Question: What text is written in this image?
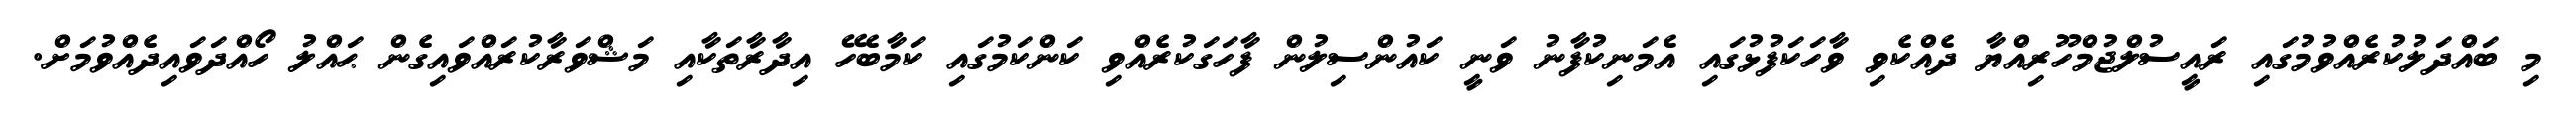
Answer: މި ބައްދަލުކުރެއްވުމުގައި ރައީސުލްޖުމްހޫރިއްޔާ ދެއްކެވި ވާހަކަފުޅުގައި އެމަނިކުފާނު ވަނީ ކައުންސިލުން ފާހަގަކުރެއްވި ކަންކަމުގައި ކަމާބެހޭ އިދާރާތަކާއި މަޝްވަރާކުރައްވައިގެން ޙައްލު ހޯއްދަވައިދެއްވުމަށް.